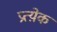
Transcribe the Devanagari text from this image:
प्रत्य़ेक